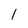
Character: 1